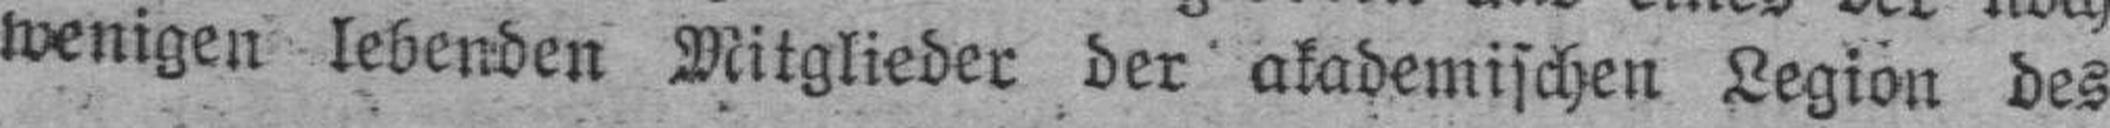
wenigen lebenden Mitglieder der akademischen Legion des